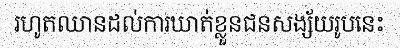
រហូតឈានដល់ការឃាត់ខ្លួនជនសង្ស័យរូបនេះ